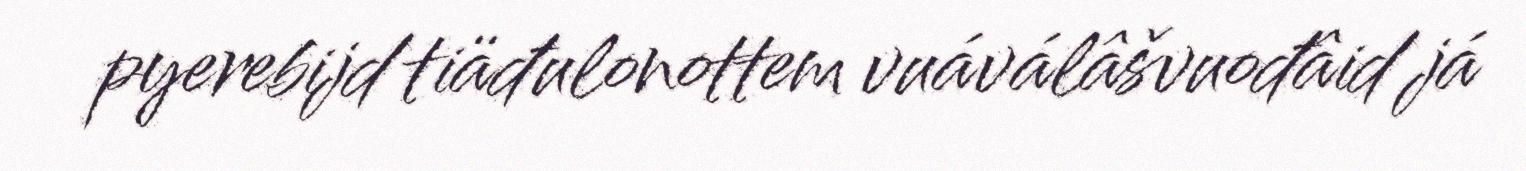
pyerebijd tiäđulonottem vuáválâšvuođâid já